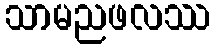
သာမညဖလဿ